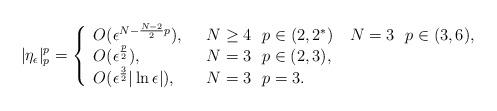
LaTeX: \begin{align*}|\eta_\epsilon|^p_p=\left\{ \begin{array}{lll}O(\epsilon^{N-\frac{N-2}{2}p}),\ & \ N\geq4\ \ p\in(2,2^*)\ \ \ N=3\ \ p\in(3,6),\\O(\epsilon^{\frac p2}),\ & \ N=3\ \ p\in(2,3),\\O(\epsilon^{\frac{3}{2}}|\ln\epsilon|),\ & \ N=3\ \ p=3.\end{array}\right.\end{align*}